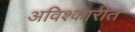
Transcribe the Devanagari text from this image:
अविश्कारीत